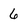
Character: 6